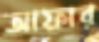
আফার